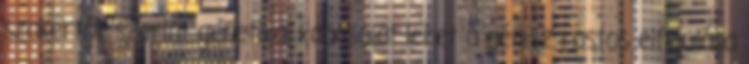
szakértők szerint genetikai kapcsolat lehet a pénisz rostos elfajulása